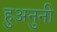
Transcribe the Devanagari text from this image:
हुअनुनी